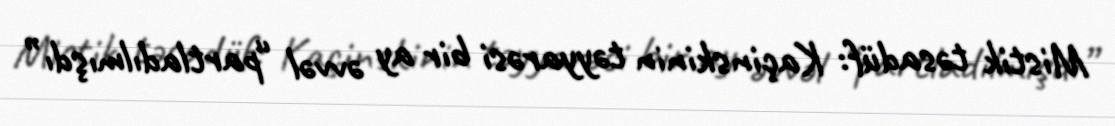
Mistik təsadüf: Kaçinskinin təyyarəsi bir ay əvvəl “partladılmışdı”